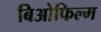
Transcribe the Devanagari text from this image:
बिओफिल्म